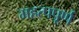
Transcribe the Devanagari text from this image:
महत्‍पपूर्ण